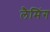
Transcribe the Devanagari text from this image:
लैमिंग